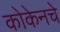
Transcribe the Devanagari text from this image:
कोकेनचे